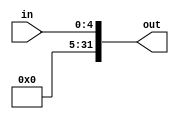
module Extensor5 (in, out);
	input[4:0] in;
	output reg [31:0] out;

	always @(in or out) begin
	
        out = in;    

	end

endmodule